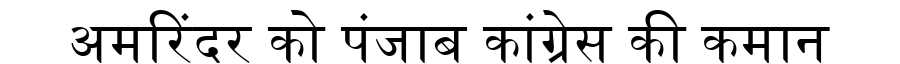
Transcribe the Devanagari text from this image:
अमरिंदर को पंजाब कांग्रेस की कमान